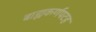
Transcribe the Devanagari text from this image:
बाह्यकर्णपटह